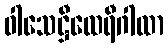
ဝါသေဋ္ဌီထေရီဂါထာ